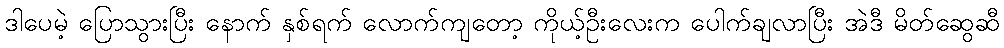
ဒါပေမဲ့ ပြောသွားပြီး နောက် နှစ်ရက် လောက်ကျတော့ ကိုယ့်ဦးလေးက ပေါက်ချလာပြီး အဲဒီ မိတ်ဆွေဆီ